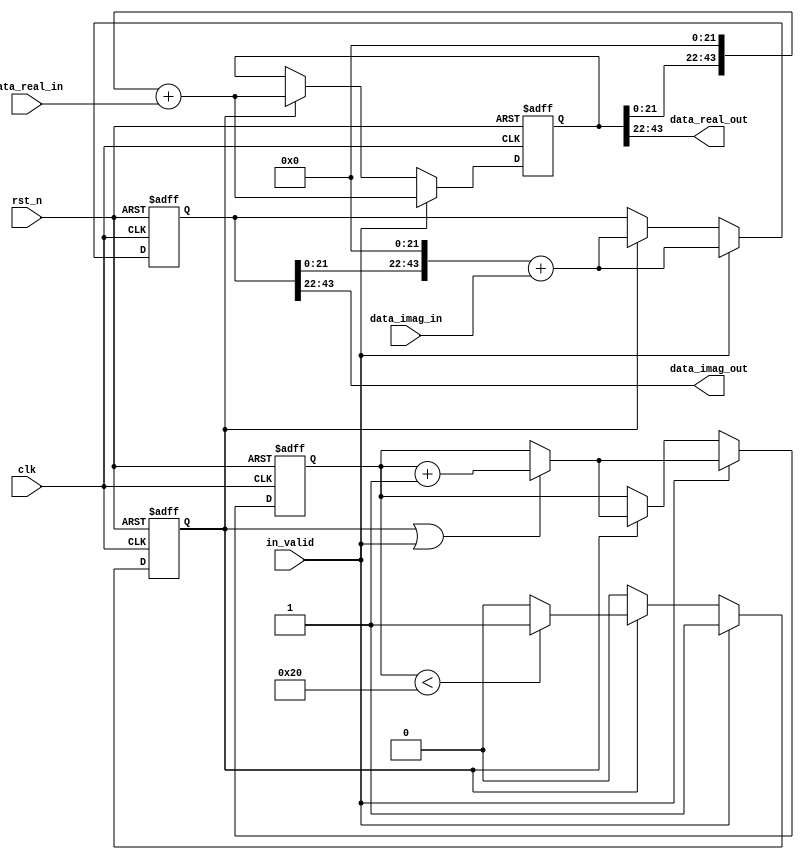
module shift_register_2(
    input clk,
    input in_valid,
    input rst_n,
    input signed [21:0] data_real_in,
    input signed [21:0] data_imag_in,
    output signed [21:0] data_real_out,
    output signed [21:0] data_imag_out
);
reg [5:0] nxt_counter,counter;
reg valid,nxt_valid;

reg [43:0] shift_register_real,shift_register_imag;
reg [43:0] t_shift_register_real,t_shift_register_imag;
assign data_real_out = shift_register_real[43:22];
assign data_imag_out = shift_register_imag[43:22];


always@(*)begin
    nxt_valid = (counter<32)?valid:'d0;
    nxt_counter = (valid || in_valid)?counter + 'd1:counter;
    t_shift_register_real = shift_register_real;
    t_shift_register_imag = shift_register_imag;
end


always@(posedge clk or negedge rst_n)begin
    if(!rst_n)begin
        counter <= 0;
        valid <= 0;
        shift_register_real <= 0;
        shift_register_imag <= 0;
    end
    else begin
        if(in_valid)begin
            shift_register_real <= (t_shift_register_real<<22) + data_real_in;
            shift_register_imag <= (t_shift_register_imag<<22) + data_imag_in;
            counter <= nxt_counter;
            valid <= in_valid;

        end
        else if(valid)begin
            shift_register_real <= (t_shift_register_real<<22) + data_real_in;
            shift_register_imag <= (t_shift_register_imag<<22) + data_imag_in;
            counter <= nxt_counter;
            valid <= nxt_valid;
        end
    end
end
endmodule